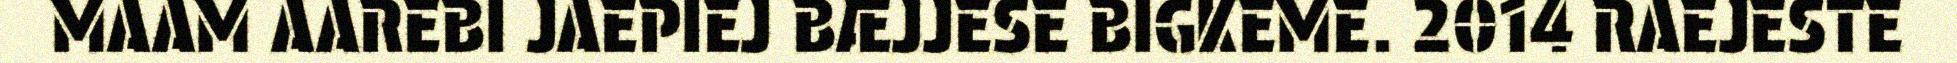
MAAM AAREBI JAEPIEJ BÆJJESE BIGKEME. 2014 RAEJESTE